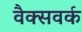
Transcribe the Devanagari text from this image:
वैक्सवर्क